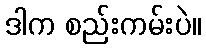
ဒါက စည်းကမ်းပဲ။